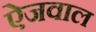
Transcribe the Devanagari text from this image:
ऐजवाल